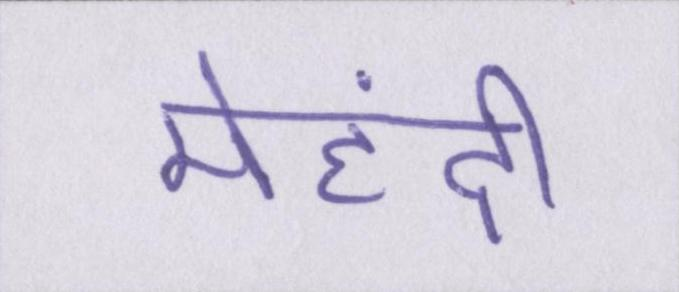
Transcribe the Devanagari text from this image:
मेहंदी